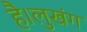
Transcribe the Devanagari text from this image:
है।लुखंग